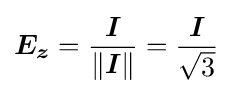
{\boldsymbol {E_{z}}}={\frac {\boldsymbol {I}}{\lVert {\boldsymbol {I}}\rVert }}={\frac {\boldsymbol {I}}{\sqrt {3}}}